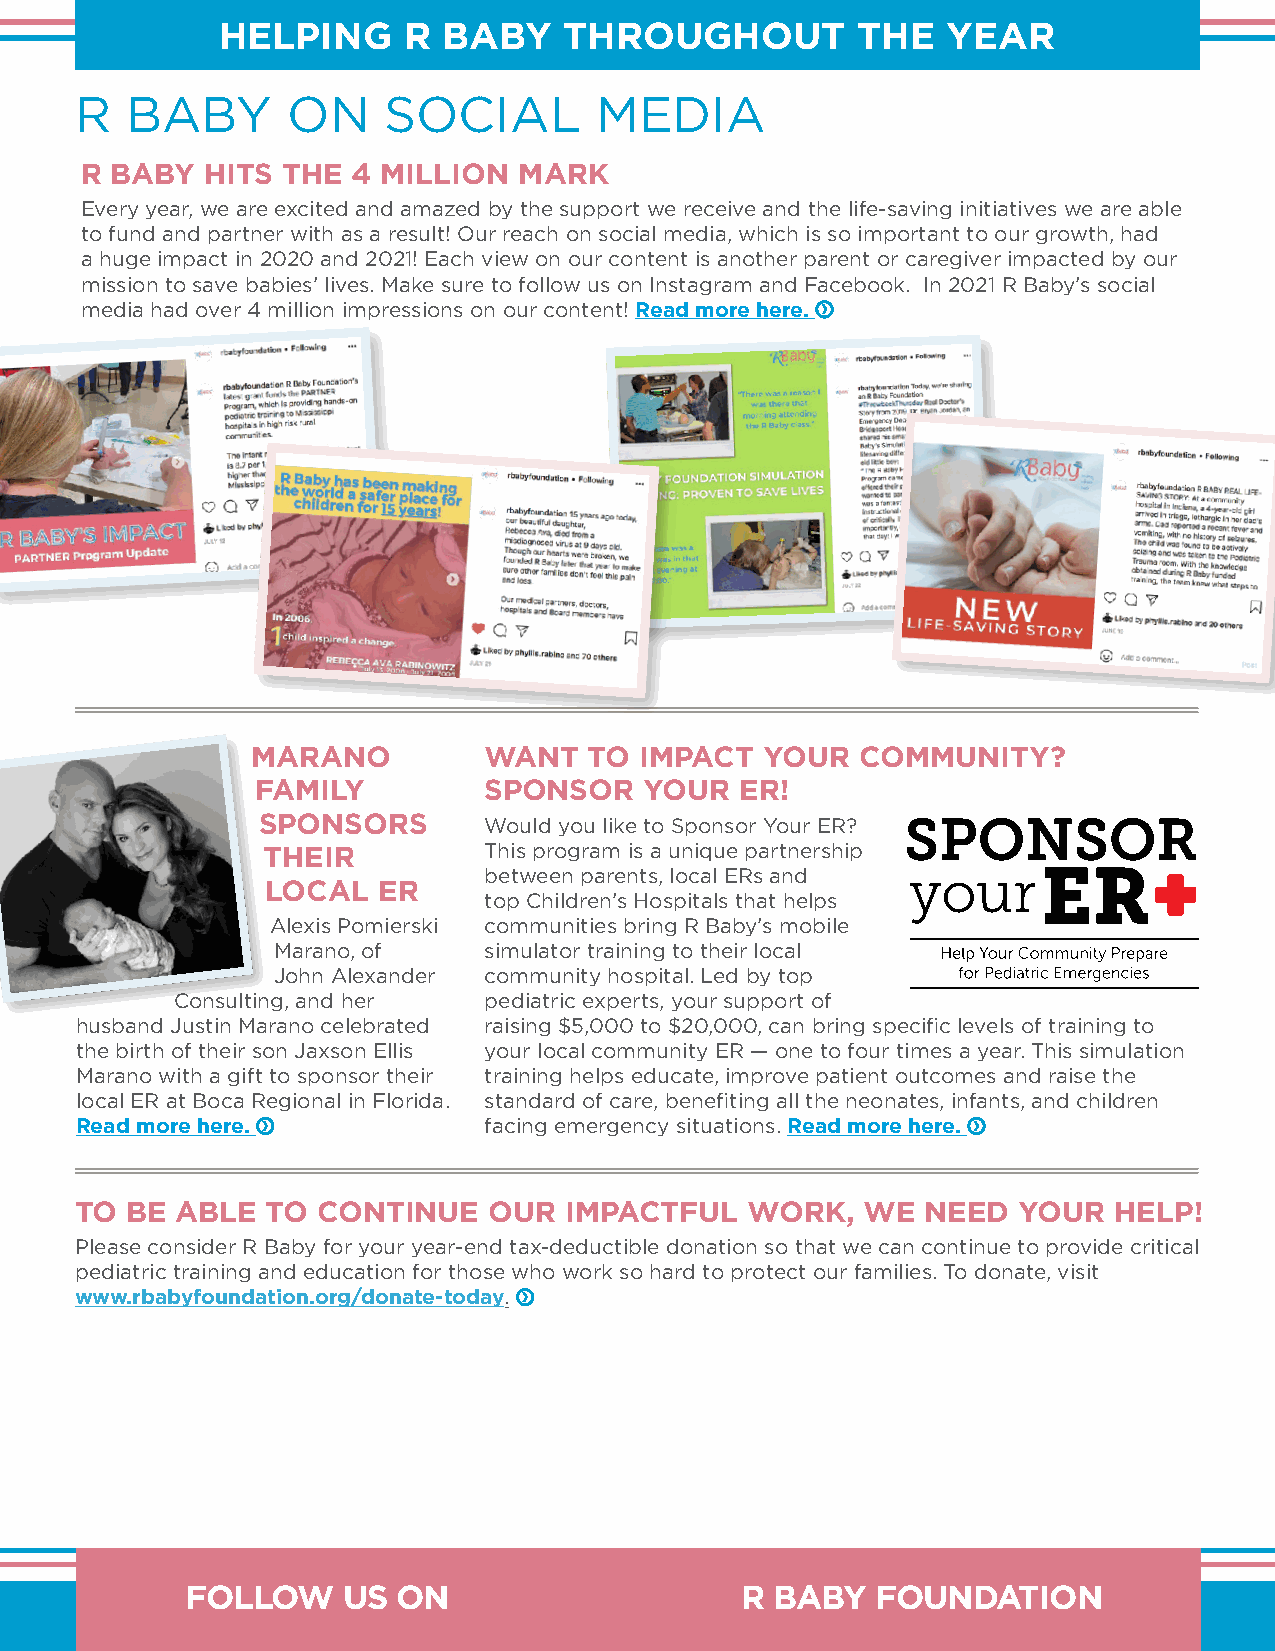
HELPING     R BABY    THROUGHOUT          THE   YEAR
 R  BABY       ON    SOCIAL        MEDIA
 R BABY   HITS THE 4 MILLION  MARK
 Every year, we are excited and amazed by the support we receive and the life-saving initiatives we are able
 to fund and partner with as a result! Our reach on social media, which is so important to our growth, had
 a huge impact in 2020 and 2021! Each view on our content is another parent or caregiver impacted by our
 mission to save babies’ lives. Make sure to follow us on Instagram and Facebook. In 2021 R Baby’s social
 media had over 4 million impressions on our content! Read more here.
 MARANO         WANT   TO IMPACT   YOUR  COMMUNITY?
 FAMILY         SPONSOR    YOUR  ER!
 SPONSORS       Would you like to Sponsor Your ER?
 THEIR          This program is a unique partnership
 between parents, local ERs and
 LOCAL  ER
 top Children’s Hospitals that helps
 Alexis Pomierski communities bring R Baby’s mobile
 Marano, of    simulator training to their local
 John Alexander community hospital. Led by top
 Consulting, and her  pediatric experts, your support of
 husband Justin Marano celebrated raising $5,000 to $20,000, can bring specific levels of training to
 the birth of their son Jaxson Ellis your local community ER — one to four times a year. This simulation
 Marano with a gift to sponsor their training helps educate, improve patient outcomes and raise the
 local ER at Boca Regional in Florida. standard of care, benefiting all the neonates, infants, and children
 Read more here.            facing emergency situations. Read more here.
 TO BE  ABLE  TO CONTINUE   OUR  IMPACTFUL    WORK,  WE  NEED  YOUR   HELP!
 Please consider R Baby for your year-end tax-deductible donation so that we can continue to provide critical
 pediatric training and education for those who work so hard to protect our families. To donate, visit
 www.rbabyfoundation.org/donate-today.
 FOLLOW     US ON                     R BABY   FOUNDATION